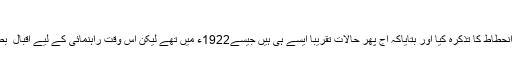
“ (دربرگِ لالہ گُل 23/1)
افضل رضوی ؔنے مسلمانوں کے دورِانحطاط کا تذکرہ کیا اور بتایاکہ آج پھر حالات تقریباً ایسے ہی ہیں جیسے1922ء میں تھے لیکن اس وقت راہنمائی کے لیے اقبال ؒ بطور رہبرو خیرخواہ ملت موجود تھے۔